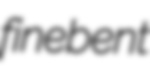
finebent